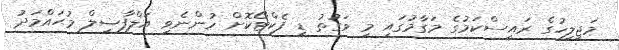
މަޖިލިހުގެ ރައީސްކަމުގެ މަގާމުގައި މި ވަގުތު ޑީ ފެކްޓޯކޮށް ހުންނެވި އަލްފާޟިލް މުޙައްމަދު